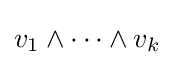
v_{1}\wedge \dots \wedge v_{k}